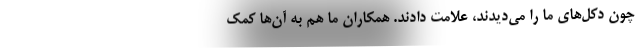
چون دکل‌های ما را می‌دیدند، علامت دادند. همکاران ما هم به آن‌ها کمک